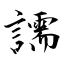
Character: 譳